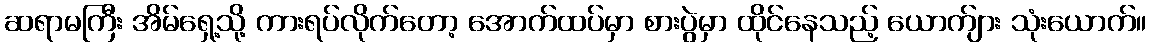
ဆရာမကြီး အိမ်ရှေ့သို့ ကားရပ်လိုက်တော့ အောက်ထပ်မှာ စားပွဲမှာ ထိုင်နေသည့် ယောက်ျား သုံးယောက်။